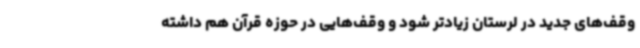
وقف‌های جدید در لرستان زیادتر شود و وقف‌هایی در حوزه قرآن هم داشته